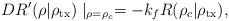
LaTeX: \begin{align*} DR'(\rho|\rho_{\rm tx})\mid_{\rho=\rho_c} = -{k_{f}}R(\rho_c|\rho_{\rm tx}), \end{align*}